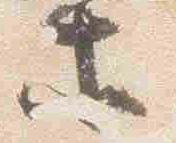
等